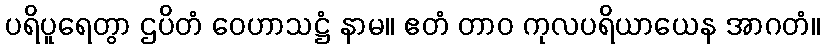
ပရိပူရေတွာ ဌပိတံ ဝေဟာသဋ္ဌံ နာမ။ ဧတံ တာဝ ကုလပရိယာယေန အာဂတံ။